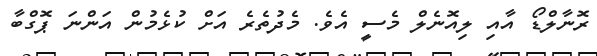
ރޮނާލްޑޯ އާއި ލިއޮނެލް މެސީ އެވެ. މެދުތެރެ އަށް ކުޅެމުން އަންނަ ޕޮގްބާ